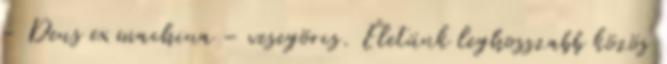
– Deus ex machina – vesegörcs. Életünk leghosszabb közös